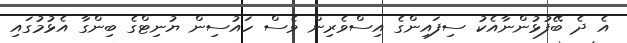
އެ ދެ ބޭފުޅުންނާއެކު ސިފައިންގެ އިސްވެރިން ވެސް ހައުސިން ޔުނިޓްގެ ބިންގާ އެޅުމުގައި